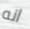
انه